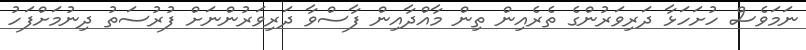
ނަމަވެސް ހުށަހަޅާ ދަރިވަރުންގެ ތެރެއިން ތިން މާއްދާއިން ފާސްވާ ދަރިވަރުންނަށް ފުރުސަތު ދިނުމަށްފަހު